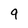
Character: 9